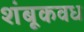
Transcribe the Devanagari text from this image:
शंबूकवध